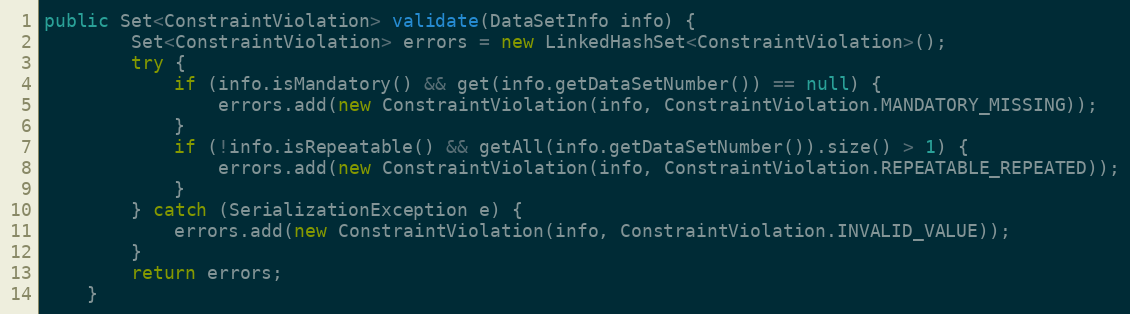
Language: Java
public Set<ConstraintViolation> validate(DataSetInfo info) {
		Set<ConstraintViolation> errors = new LinkedHashSet<ConstraintViolation>();
		try {
			if (info.isMandatory() && get(info.getDataSetNumber()) == null) {
				errors.add(new ConstraintViolation(info, ConstraintViolation.MANDATORY_MISSING));
			}
			if (!info.isRepeatable() && getAll(info.getDataSetNumber()).size() > 1) {
				errors.add(new ConstraintViolation(info, ConstraintViolation.REPEATABLE_REPEATED));
			}
		} catch (SerializationException e) {
			errors.add(new ConstraintViolation(info, ConstraintViolation.INVALID_VALUE));
		}
		return errors;
	}